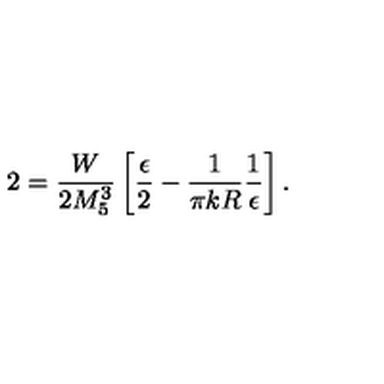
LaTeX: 2 = \frac { W } { 2 M _ { 5 } ^ { 3 } } \left[ \frac { \epsilon } { 2 } - \frac { 1 } { \pi k R } \frac { 1 } { \epsilon } \right] .